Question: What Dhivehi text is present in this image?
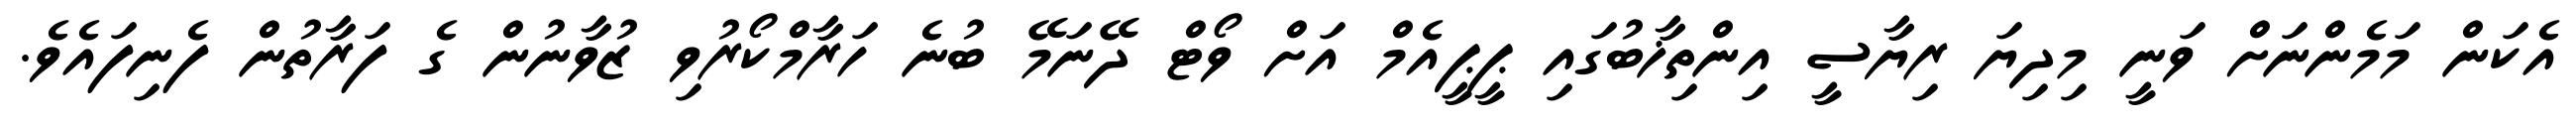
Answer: އެކަން މަމެންނަށް ވަނީ މިދިޔަ ރިޔާސީ އިންތިޚާބުގައި ޕީޕީއެމް އަށް ވޯޓް ދޭނަމޭ ބުނެ ހަރާމްކޯރުވި ޒުވާނުން ގެ ފަރާތުން ފެނިފައެވެ.